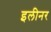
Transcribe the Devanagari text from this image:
इलीनर